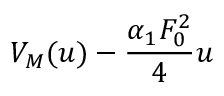
V _ { M } ( u ) - \frac { \alpha _ { 1 } F _ { 0 } ^ { 2 } } { 4 } u